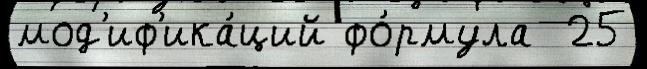
мод'иф'ика́ций фо́рмула  25